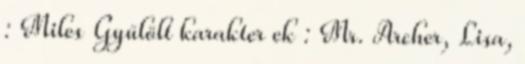
: Miles Gyűlölt karakter ek : Mr. Archer, Lisa,